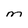
Character: M